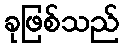
ခုဖြစ်သည်